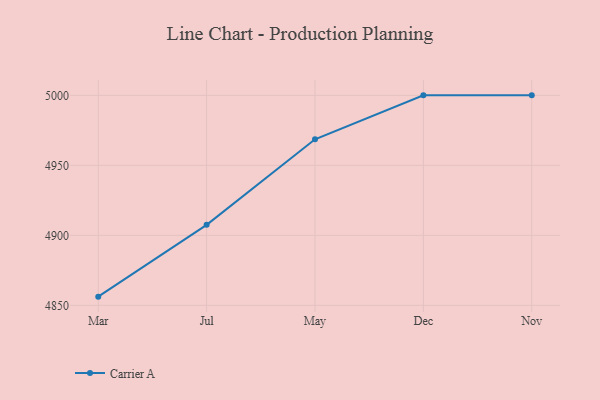
{"axis": {"x": "Month", "y": "Website Visitors"}, "legend": ["Carrier A"], "data": [{"x": "Mar", "y": 4856.2, "type": "Carrier A"}, {"x": "Jul", "y": 4907.5, "type": "Carrier A"}, {"x": "May", "y": 4968.6, "type": "Carrier A"}, {"x": "Dec", "y": 5000, "type": "Carrier A"}, {"x": "Nov", "y": 5000, "type": "Carrier A"}]}